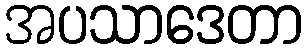
အပသာဒေတာ